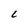
Character: L